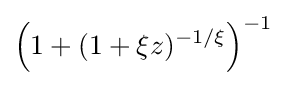
\left(1+(1+\xi z)^{-1/\xi }\right)^{-1}